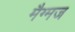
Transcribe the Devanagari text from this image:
मैग्मज